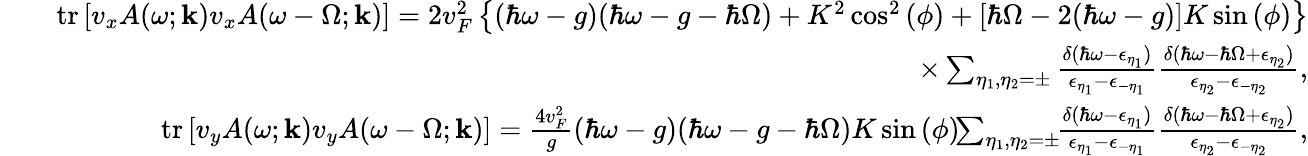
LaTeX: \begin{array}{rlr}&{}&{\mathrm{tr}\left[v_{x}A(\omega;\mathbf{k})v_{x}A(\omega-\Omega;\mathbf{k})\right]=2v_{F}^{2}\left\{ (\hbar\omega-g)(\hbar\omega-g-\hbar\Omega)+K^{2}\cos^{2}{(\phi)}+\left[\hbar\Omega-2(\hbar\omega-g)\right]K\sin{(\phi)}\right\} }\\ &{}&{\times\sum_{\eta_{1},\eta_{2}=\pm}\frac{\delta(\hbar\omega-\epsilon_{\eta_{1}})}{\epsilon_{\eta_{1}}-\epsilon_{-\eta_{1}}}\frac{\delta(\hbar\omega-\hbar\Omega+\epsilon_{\eta_{2}})}{\epsilon_{\eta_{2}}-\epsilon_{-\eta_{2}}},}\\ &{}&{\mathrm{tr}\left[v_{y}A(\omega;\mathbf{k})v_{y}A(\omega-\Omega;\mathbf{k})\right]=\frac{4v_{F}^{2}}{g}(\hbar\omega-g)(\hbar\omega-g-\hbar\Omega)K\sin{(\phi)}\! \! \sum_{\eta_{1},\eta_{2}=\pm}\! \! \frac{\delta(\hbar\omega-\epsilon_{\eta_{1}})}{\epsilon_{\eta_{1}}-\epsilon_{-\eta_{1}}}\frac{\delta(\hbar\omega-\hbar\Omega+\epsilon_{\eta_{2}})}{\epsilon_{\eta_{2}}-\epsilon_{-\eta_{2}}},}\end{array}